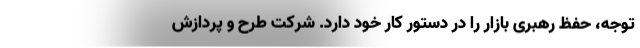
توجه، حفظ رهبری بازار را در دستور کار خود دارد. شرکت طرح و پردازش